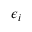
\boldsymbol { \epsilon } _ { i }